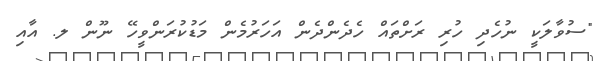
"ސުވާލަކީ ނުހެދި ހުރި ރަށްތައް ހެދެންދެން އަހަރުމެން މަޑުކުރަންވީހޭ ނޫން ލ. އާއި